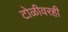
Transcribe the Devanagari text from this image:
टोळीवरही